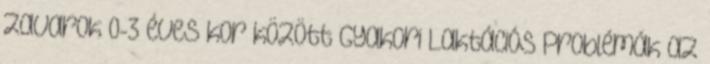
zavarok 0-3 éves kor között Gyakori Laktációs Problémák az